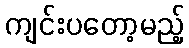
ကျင်းပတော့မည့်